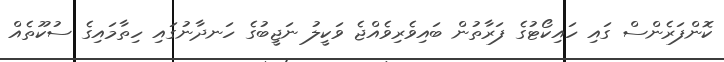
ކޮންފަރެންސް ގައި ހައިކޯޓުގެ ފަރާތުން ބައިވެރިވެއްޖެ ވަކީލު ނަޖީބުގެ ހަނދާނުގައި ހިތާމައިގެ ސުކޫތެއް